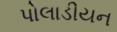
પોલાડીયન